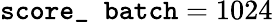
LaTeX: \texttt{score\_ batch}=1024